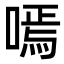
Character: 嘕